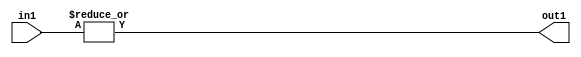
`timescale 1ps / 1ps
/*****************************************************************************
    Verilog RTL Description
    
    
    Created by: Stratus DpOpt 2019.1.01 
*******************************************************************************/

module in_buff_OrReduction_4U_1U_4_0 (
	in1,
	out1
	); /* architecture "behavioural" */ 
input [3:0] in1;
output  out1;
wire  asc001;

assign asc001 = 
	(|in1);

assign out1 = asc001;
endmodule

/* CADENCE  urXwTQ0= : u9/ySgnWtBlWxVPRXgAZ4Og= ** DO NOT EDIT THIS LINE ******/